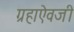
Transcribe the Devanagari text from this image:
ग्रहाऐवजी